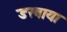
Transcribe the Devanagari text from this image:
डरवाया